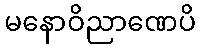
မနောဝိညာဏေပိ